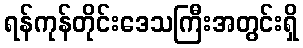
ရန်ကုန်တိုင်းဒေသကြီးအတွင်းရှိ